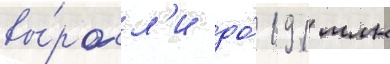
вы́росл'и до́ 191 млн